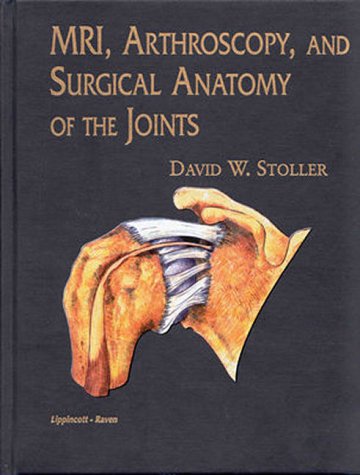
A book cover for MRI, Arthroscopy, and Surgical Anatomy of the Joints; David W. Stoller MD  FACR; Medical Books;